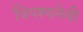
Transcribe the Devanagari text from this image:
विपश्यनेची